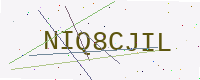
Text: NIQ8CJIL